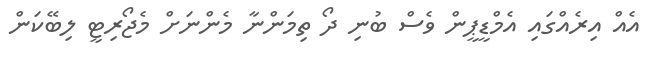
އެއް އިރެއްގައި އެމްޑީޕީން ވެސް ބުނި ދޯ ތިމަންނާ މެންނަށް މެޖޯރިޓީ ލިބޭކަން